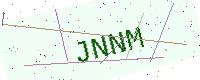
Text: JNNM